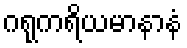
ဂရုကရိယမာနာနံ